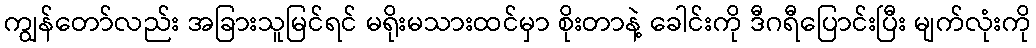
ကျွန်တော်လည်း အခြားသူမြင်ရင် မရိုးမသားထင်မှာ စိုးတာနဲ့ ခေါင်းကို ဒီဂရီပြောင်းပြီး မျက်လုံးကို